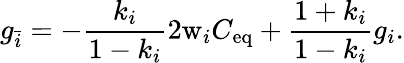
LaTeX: g_{\bar{i}}=-\frac{k_{i}}{1-k_{i}}2\mathrm{w}_{i}C_{\mathrm{eq}}+\frac{1+k_{i}}{1-k_{i}}g_{i}.